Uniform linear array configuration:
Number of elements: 12
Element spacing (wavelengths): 0.75
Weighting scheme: cosine
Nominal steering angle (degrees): -15
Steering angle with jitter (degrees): -14.04
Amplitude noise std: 0.05
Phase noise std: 0.05

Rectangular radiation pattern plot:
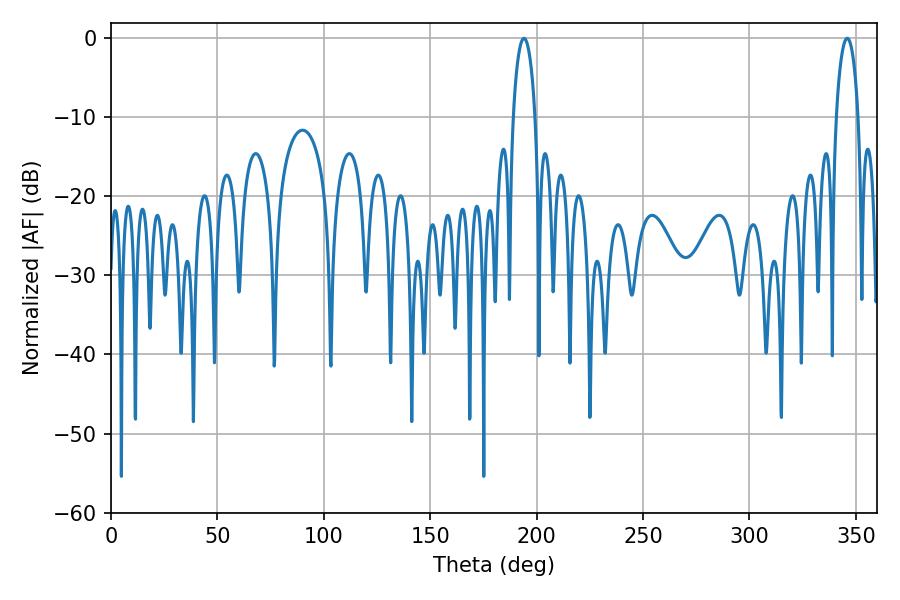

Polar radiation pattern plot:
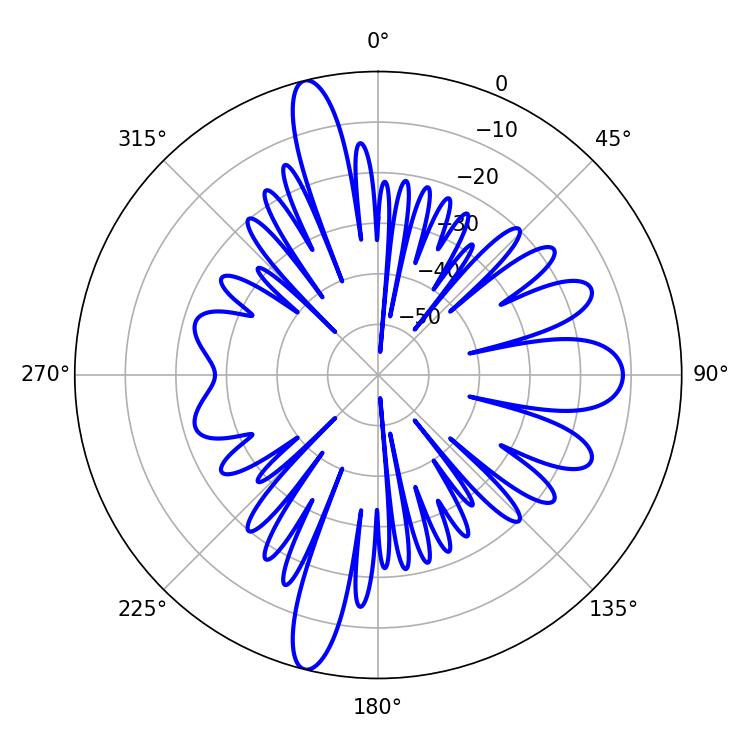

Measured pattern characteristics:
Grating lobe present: TRUE
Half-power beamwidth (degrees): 5.94
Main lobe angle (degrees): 194.04